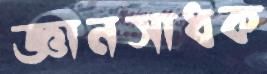
জ্ঞানসাধক